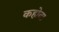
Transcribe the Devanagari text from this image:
कहोता